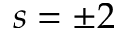
s = \pm 2